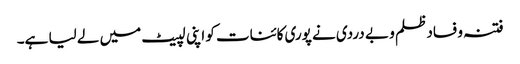
فتنہ و فساد ظلم و بے دردی نے پوری کائنات کو اپنی لپیٹ میں لے لیا ہے۔